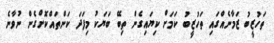
ތަހުޒީބު ޒަމާނެއްގައި ތަހުޒީބު ކަމަށް ކިޔައިގެން ތިބޭ ބަޔަކު މިފަދަ ކަންތައްކޮށްގެން ނުވާނެ